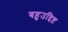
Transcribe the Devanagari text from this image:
बहुउद्दिष्ट